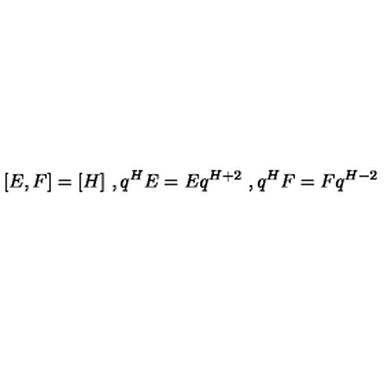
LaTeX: [ E , F ] = [ H ] \ , q ^ { H } E = E q ^ { H + 2 } \ , q ^ { H } F = F q ^ { H - 2 }